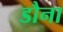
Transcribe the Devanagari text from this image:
डौना